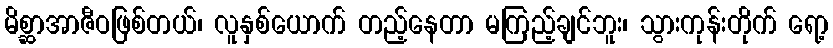
မိစ္ဆာအာဇီဝဖြစ်တယ်၊ လူနှစ်ယောက် တည့်နေတာ မကြည့်ချင်ဘူး၊ သွားကုန်းတိုက် ရော့